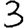
Digit: 3